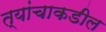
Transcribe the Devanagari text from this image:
त्यांचाकडील